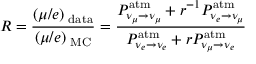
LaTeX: R = \frac { ( \mu / e ) _ { \mathrm { \scriptsize ~ d a t a } } } { ( \mu / e ) _ { \mathrm { \scriptsize ~ M C } } } = \frac { P _ { \nu _ { \mu } \to \nu _ { \mu } } ^ { \mathrm { a t m } } + r ^ { - 1 } P _ { \nu _ { e } \to \nu _ { \mu } } ^ { \mathrm { a t m } } } { P _ { \nu _ { e } \to \nu _ { e } } ^ { \mathrm { a t m } } + r P _ { \nu _ { \mu } \to \nu _ { e } } ^ { \mathrm { a t m } } }